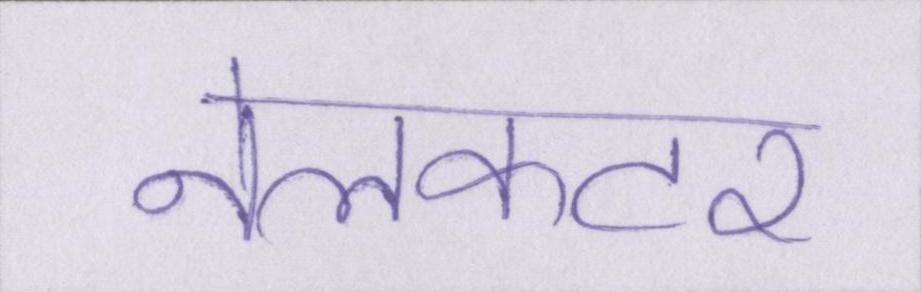
नेलकटर